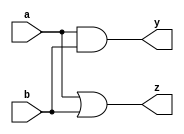
module simple_assignment(
    input wire a,         // Input signal a
    input wire b,         // Input signal b
    output wire y,        // Output signal y
    output wire z         // Another output signal z
);

// Continuous assignment for combinational logic
assign y = a & b;       // AND operation
assign z = a | b;       // OR operation

endmodule